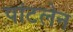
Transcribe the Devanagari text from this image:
पांटलेन